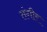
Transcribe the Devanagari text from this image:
तंगीर